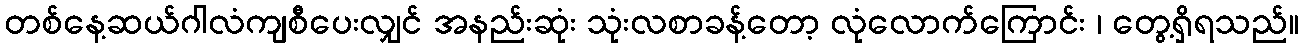
တစ်နေ့ဆယ်ဂါလံကျစီပေးလျှင် အနည်းဆုံး သုံးလစာခန့်တော့ လုံလောက်ကြောင်း ၊ တွေ့ရှိရသည်။